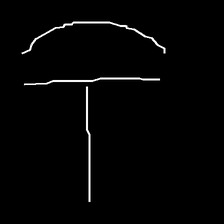
Glyph: dispersion